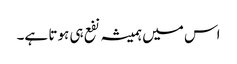
اس میں ہمیشہ نفع ہی ہوتا ہے۔